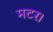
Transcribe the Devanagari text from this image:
मटर।